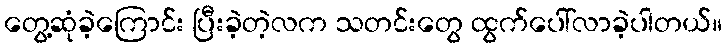
တွေ့ဆုံခဲ့ကြောင်း ပြီးခဲ့တဲ့လက သတင်းတွေ ထွက်ပေါ်လာခဲ့ပါတယ်။